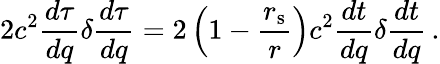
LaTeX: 2c^{2}{\frac{d\tau}{dq}}\delta{\frac{d\tau}{dq}}=2\left(1-{\frac{r_{\mathrm{{s}}}}{r}}\right)c^{2}{\frac{dt}{dq}}\delta{\frac{dt}{dq}}\, .